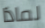
لماذا